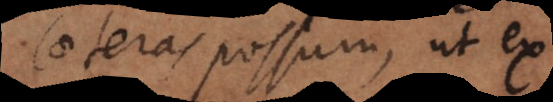
Caeteras possum, ut ex